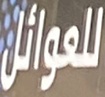
للعوائل